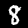
Digit: 8